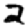
Digit: 2